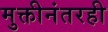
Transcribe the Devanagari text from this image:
मुक्तीनंतरही